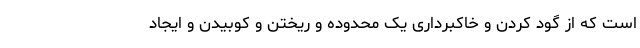
است که از گود کردن و خاکبرداری یک محدوده و ریختن و کوبیدن و ایجاد